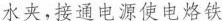
水夹，接通电源使电烙铁